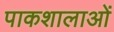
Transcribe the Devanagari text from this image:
पाकशालाओं